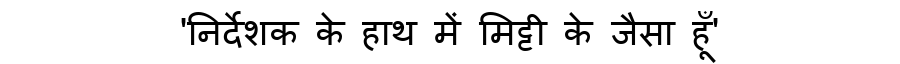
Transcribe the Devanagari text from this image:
'निर्देशक के हाथ में मिट्टी के जैसा हूँ'